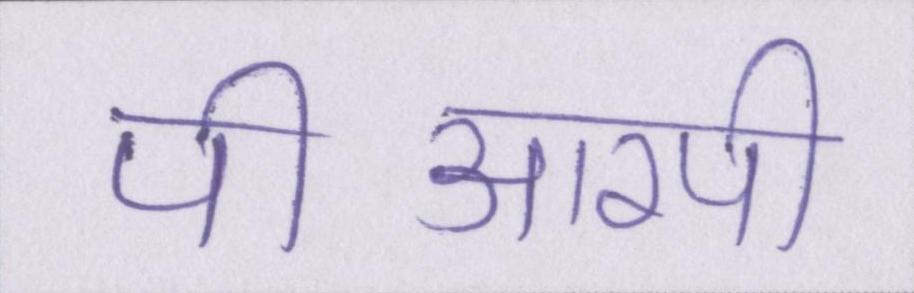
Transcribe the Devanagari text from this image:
पीआरपी